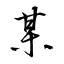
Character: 某